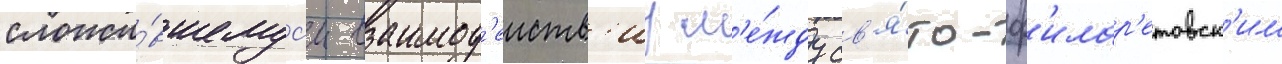
сложи́вшемус'я взаимод'еиств'иу м'е́жду св'я́то-ф'илар'етовск'им